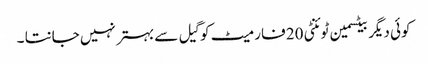
کوئی دیگر بیٹسمین ٹوئنٹی 20 فارمیٹ کو گیل سے بہتر نہیں جانتا ۔